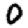
Digit: 0